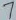
Text: 7